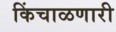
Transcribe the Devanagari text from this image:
किंचाळणारी